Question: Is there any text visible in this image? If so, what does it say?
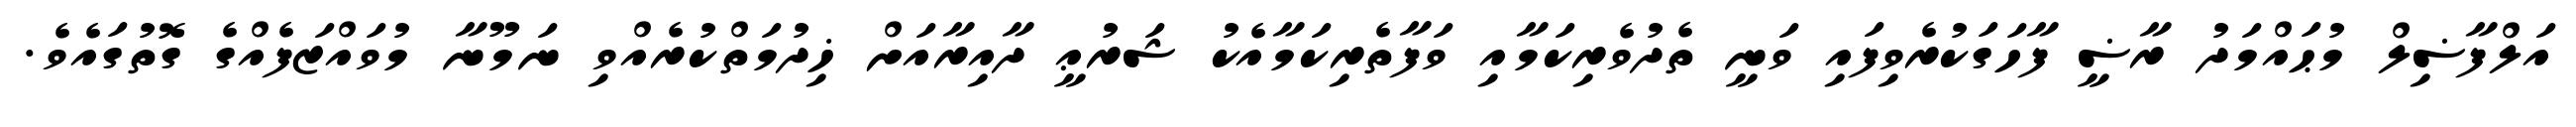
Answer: އަލްފާޟިލް މުޙައްމަދު ރާޟީ ފާހަގަކުރެވިފައި ވަނީ ތެދުވެރިކަމާއި ވަފާތެރިކަމާއެކު ޝަރުޢީ ދާއިރާއަށް ޚިދުމަތްކުރެއްވި ނަމޫނާ މުވައްޒަފެއްގެ ގޮތުގައެވެ.